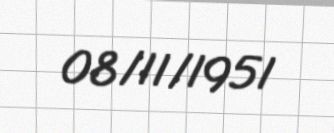
08/11/1951